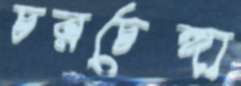
চরচেঙ্গা